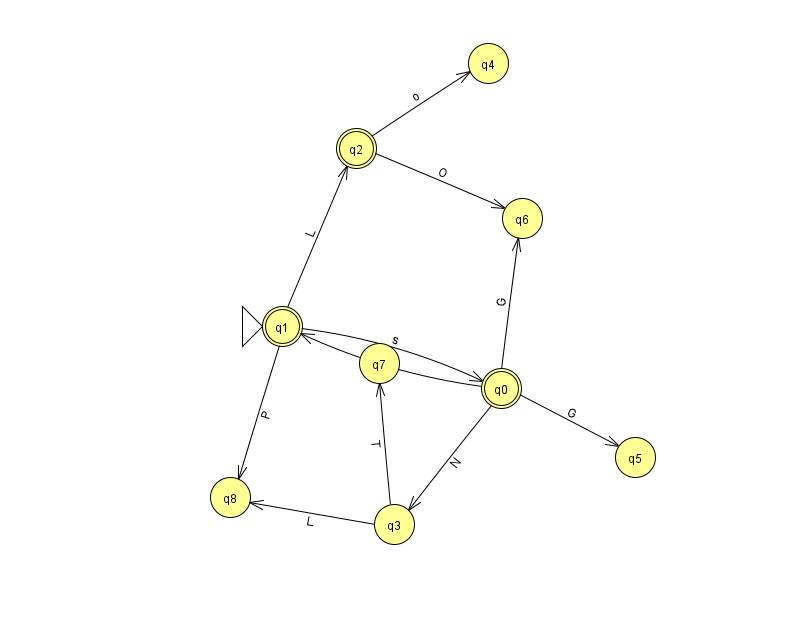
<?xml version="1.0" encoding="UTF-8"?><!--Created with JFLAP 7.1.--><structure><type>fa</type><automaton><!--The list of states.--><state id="0" name="q0"><x>501.0</x><y>375.0</y><final/></state><state id="1" name="q1"><x>282.0</x><y>313.0</y><initial/><final/></state><state id="2" name="q2"><x>356.0</x><y>135.0</y><final/></state><state id="3" name="q3"><x>394.0</x><y>511.0</y></state><state id="4" name="q4"><x>488.0</x><y>50.0</y></state><state id="5" name="q5"><x>635.0</x><y>444.0</y></state><state id="6" name="q6"><x>522.0</x><y>205.0</y></state><state id="7" name="q7"><x>379.0</x><y>350.0</y></state><state id="8" name="q8"><x>230.0</x><y>484.0</y></state><!--The list of transitions.--><transition><from>1</from><to>8</to><read>P</read></transition><transition><from>3</from><to>7</to><read>T</read></transition><transition><from>0</from><to>5</to><read>G</read></transition><transition><from>0</from><to>1</to><read>Y</read></transition><transition><from>3</from><to>8</to><read>L</read></transition><transition><from>1</from><to>0</to><read>s</read></transition><transition><from>2</from><to>6</to><read>O</read></transition><transition><from>2</from><to>4</to><read>o</read></transition><transition><from>0</from><to>3</to><read>N</read></transition><transition><from>1</from><to>2</to><read>L</read></transition><transition><from>0</from><to>6</to><read>G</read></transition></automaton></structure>